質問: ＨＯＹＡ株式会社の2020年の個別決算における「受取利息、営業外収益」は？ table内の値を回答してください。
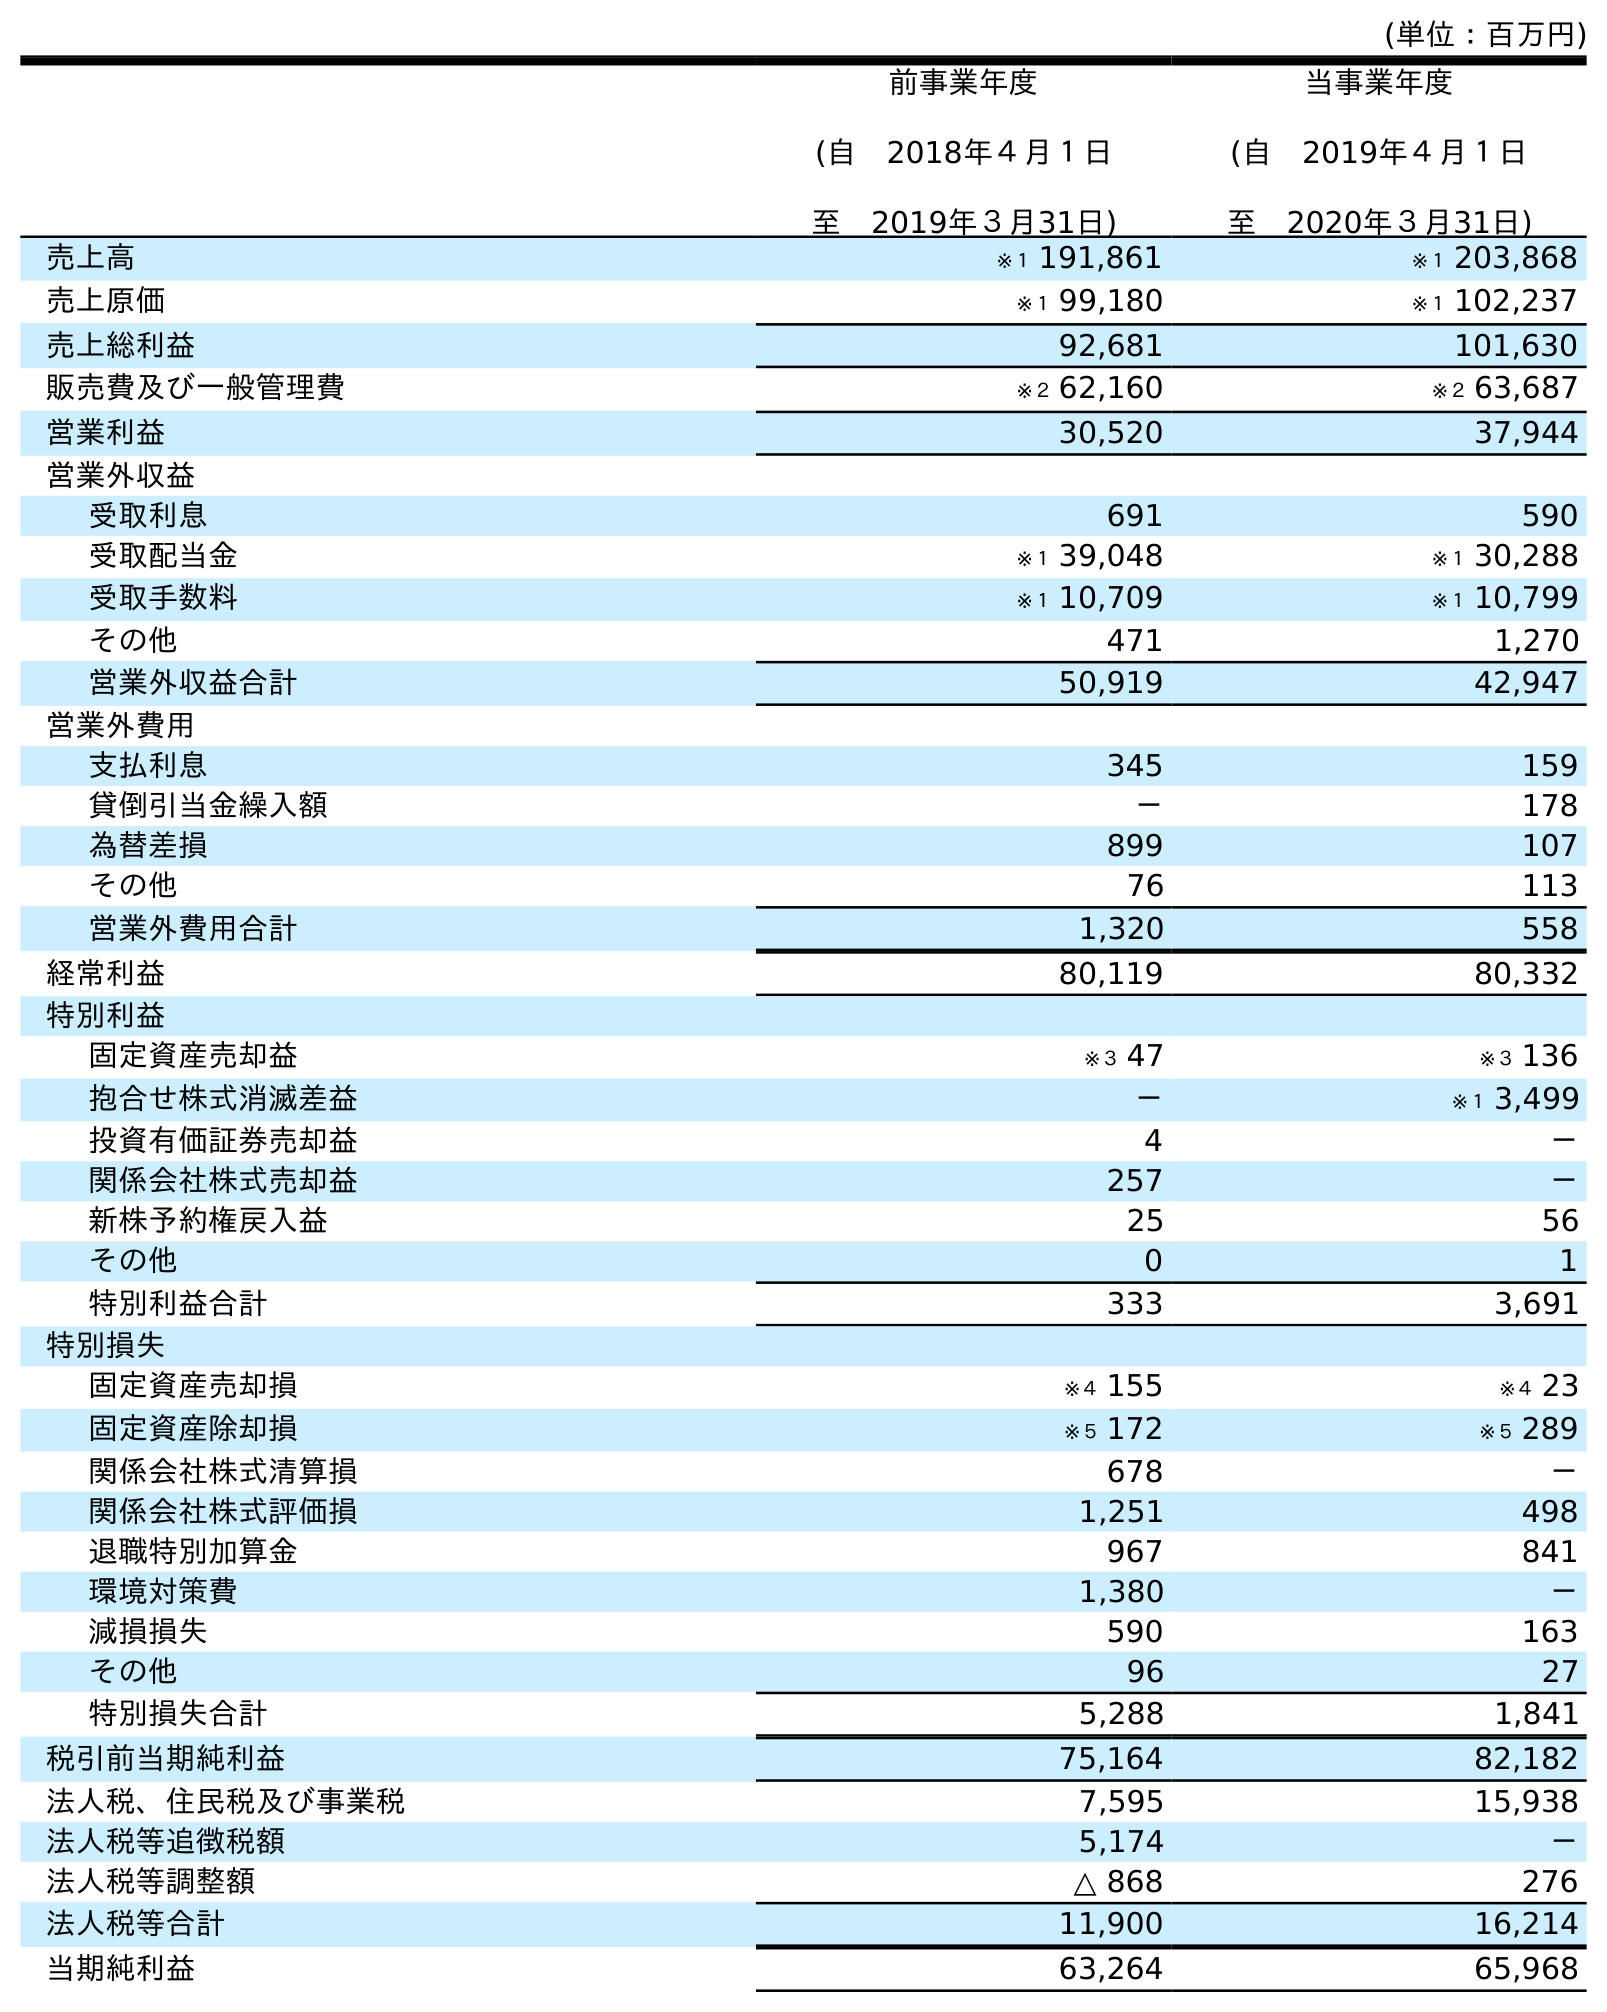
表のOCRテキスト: (単位：百万円) 前事業年度 (自 2018年４月１日 至 2019年３月31日) 当事業年度 (自 2019年４月１日 至 2020年３月31日) 売上高 ※１ 191,861 ※１ 203,868 売上原価 ※１ 99,180 ※１ 102,237 売上総利益 92,681 101,630 販売費及び一般管理費 ※２ 62,160 ※２ 63,687 営業利益 30,520 37,944 営業外収益 受取利息 691 590 受取配当金 ※１ 39,048 ※１ 30,288 受取手数料 ※１ 10,709 ※１ 10,799 その他 471 1,270 営業外収益合計 50,919 42,947 営業外費用 支払利息 345 159 貸倒引当金繰入額 － 178 為替差損 899 107 その他 76 113 営業外費用合計 1,320 558 経常利益 80,119 80,332 特別利益 固定資産売却益 ※３ 47 ※３ 136 抱合せ株式消滅差益 － ※１ 3,499 投資有価証券売却益 4 － 関係会社株式売却益 257 － 新株予約権戻入益 25 56 その他 0 1 特別利益合計 333 3,691 特別損失 固定資産売却損 ※４ 155 ※４ 23 固定資産除却損 ※５ 172 ※５ 289 関係会社株式清算損 678 － 関係会社株式評価損 1,251 498 退職特別加算金 967 841 環境対策費 1,380 － 減損損失 590 163 その他 96 27 特別損失合計 5,288 1,841 税引前当期純利益 75,164 82,182 法人税、住民税及び事業税 7,595 15,938 法人税等追徴税額 5,174 － 法人税等調整額 △ 868 276 法人税等合計 11,900 16,214 当期純利益 63,264 65,968
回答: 590